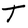
Character: T